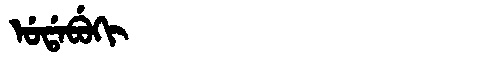
Manchu: ᡠᡩᠠᠪᡠᡴᡳ
Romanization: UDABUKI